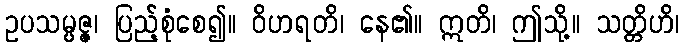
ဥပသမ္ပဇ္ဇ၊ ပြည့်စုံစေ၍။ ဝိဟရတိ၊ နေ၏။ ဣတိ၊ ဤသို့။ သတ္တိဟိ၊